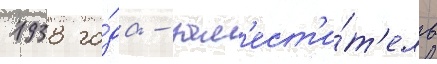
1938 го́да - зам'ест'и́т'ель